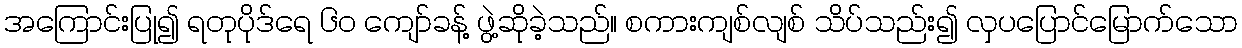
အကြောင်းပြု၍ ရတုပိုဒ်ရေ ၆၀ ကျော်ခန့် ဖွဲ့ဆိုခဲ့သည်။ စကားကျစ်လျစ် သိပ်သည်း၍ လှပပြောင်မြောက်သော